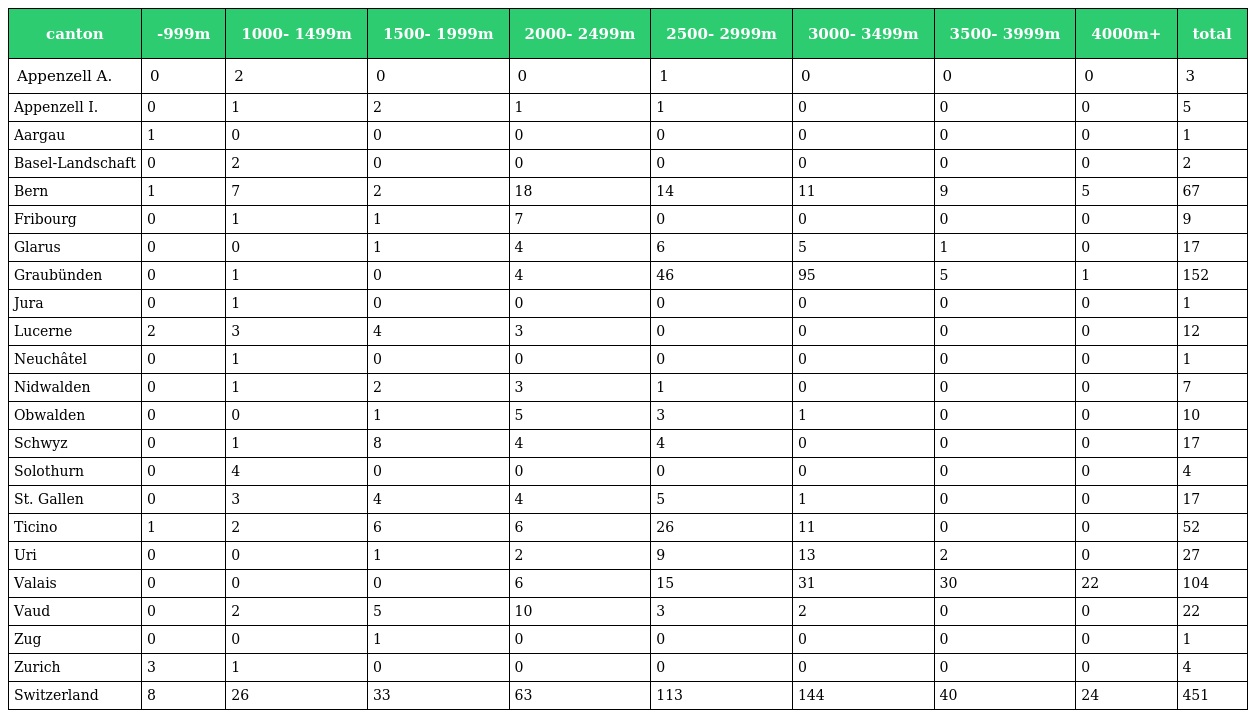
| canton | -999m | 1000- 1499m | 1500- 1999m | 2000- 2499m | 2500- 2999m | 3000- 3499m | 3500- 3999m | 4000m+ | total |
 | --- | --- | --- | --- | --- | --- | --- | --- | --- | --- |
 | Appenzell A. | 0 | 2 | 0 | 0 | 1 | 0 | 0 | 0 | 3 |
 | Appenzell I. | 0 | 1 | 2 | 1 | 1 | 0 | 0 | 0 | 5 |
 | Aargau | 1 | 0 | 0 | 0 | 0 | 0 | 0 | 0 | 1 |
 | Basel-Landschaft | 0 | 2 | 0 | 0 | 0 | 0 | 0 | 0 | 2 |
 | Bern | 1 | 7 | 2 | 18 | 14 | 11 | 9 | 5 | 67 |
 | Fribourg | 0 | 1 | 1 | 7 | 0 | 0 | 0 | 0 | 9 |
 | Glarus | 0 | 0 | 1 | 4 | 6 | 5 | 1 | 0 | 17 |
 | Graubünden | 0 | 1 | 0 | 4 | 46 | 95 | 5 | 1 | 152 |
 | Jura | 0 | 1 | 0 | 0 | 0 | 0 | 0 | 0 | 1 |
 | Lucerne | 2 | 3 | 4 | 3 | 0 | 0 | 0 | 0 | 12 |
 | Neuchâtel | 0 | 1 | 0 | 0 | 0 | 0 | 0 | 0 | 1 |
 | Nidwalden | 0 | 1 | 2 | 3 | 1 | 0 | 0 | 0 | 7 |
 | Obwalden | 0 | 0 | 1 | 5 | 3 | 1 | 0 | 0 | 10 |
 | Schwyz | 0 | 1 | 8 | 4 | 4 | 0 | 0 | 0 | 17 |
 | Solothurn | 0 | 4 | 0 | 0 | 0 | 0 | 0 | 0 | 4 |
 | St. Gallen | 0 | 3 | 4 | 4 | 5 | 1 | 0 | 0 | 17 |
 | Ticino | 1 | 2 | 6 | 6 | 26 | 11 | 0 | 0 | 52 |
 | Uri | 0 | 0 | 1 | 2 | 9 | 13 | 2 | 0 | 27 |
 | Valais | 0 | 0 | 0 | 6 | 15 | 31 | 30 | 22 | 104 |
 | Vaud | 0 | 2 | 5 | 10 | 3 | 2 | 0 | 0 | 22 |
 | Zug | 0 | 0 | 1 | 0 | 0 | 0 | 0 | 0 | 1 |
 | Zurich | 3 | 1 | 0 | 0 | 0 | 0 | 0 | 0 | 4 |
 | Switzerland | 8 | 26 | 33 | 63 | 113 | 144 | 40 | 24 | 451 |